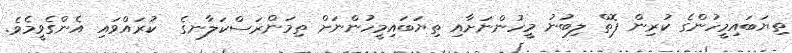
ތިޔަބައިމީހުންގެ ކުރިން ފޮތް ލިބުނު މީހުންނަށާއި ތިޔަބައިމީހުންނަށް ތިމަންރަސްކަލާނގެ  ކުރައްވައި އެންގެވީމެވެ.